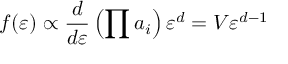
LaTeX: f ( \varepsilon ) \propto { \frac { d } { d \varepsilon } } \left( \prod a _ { i } \right) \varepsilon ^ { d } = V \varepsilon ^ { d - 1 }